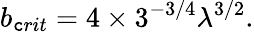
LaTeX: b_{\mathtt{c}rit}=4\times3^{-3/4}\lambda^{3/2}.